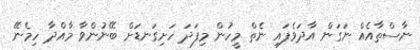
ނާސްތާއެއް ނަގަން އާދަވެފައި ނެތް މީހުން މިފަދަ ހަށިގަނޑަށް ބޭނުންވާ މާއްދާ ހިމެނޭ